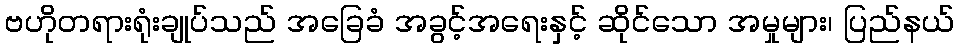
ဗဟိုတရားရုံးချုပ်သည် အခြေခံ အခွင့်အရေးနှင့် ဆိုင်သော အမှုများ၊ ပြည်နယ်